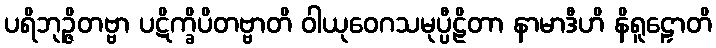
ပရိဘုဉ္ဇိတဗ္ဗာ ပဋိက္ခိပိတဗ္ဗာတိ ဝါယုဝေဂသမုပ္ပီဠိတာ နာမာဒီဟိ နိရူဠှောတိ